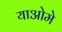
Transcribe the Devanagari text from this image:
याओमे